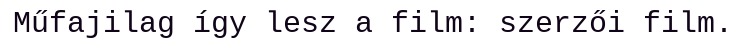
Műfajilag így lesz a film: szerzői film.